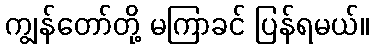
ကျွန်တော်တို့ မကြာခင် ပြန်ရမယ်။